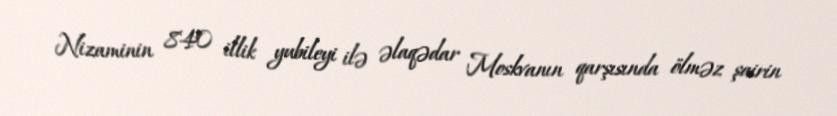
Nizaminin 840 illik yubileyi ilə əlaqədar Moskvanın qarşısında ölməz şairin